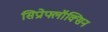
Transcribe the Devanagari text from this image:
सिप्रोफ्लॉक्सिन